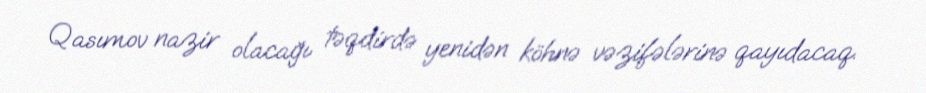
Qasımov nazir olacağı təqdirdə yenidən köhnə vəzifələrinə qayıdacaq.